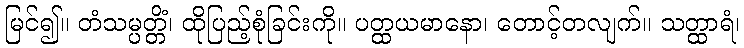
မြင်၍။ တံသမ္ပတ္တိံ၊ ထိုပြည့်စုံခြင်းကို။ ပတ္ထယမာနော၊ တောင့်တလျက်။ သတ္ထာရံ၊